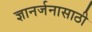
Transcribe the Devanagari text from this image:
ज्ञानर्जनासाठी